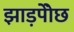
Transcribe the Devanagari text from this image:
झाड़पोेंछ